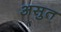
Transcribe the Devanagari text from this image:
असुत